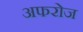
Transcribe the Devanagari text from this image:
अफरोज